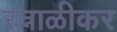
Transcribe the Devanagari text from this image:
रत्नाळीकर